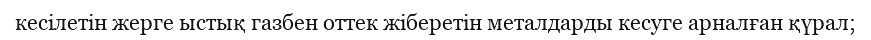
кесілетін жерге ыстық газбен оттек жіберетін металдарды кесуге арналған қүрал;